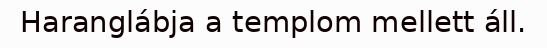
Haranglábja a templom mellett áll.